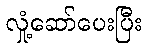
လှုံ့ဆော်ပေးပြီး